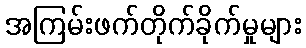
အကြမ်းဖက်တိုက်ခိုက်မှုများ